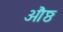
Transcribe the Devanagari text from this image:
औष्ठ